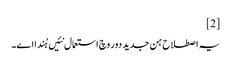
[2]
یہ اصطلاح ہن جدید دور وچ استعمال نئیں ہُندا ا‏‏ے۔